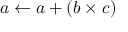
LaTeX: \ a \leftarrow a + ( b \times c )